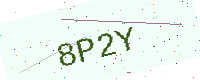
Text: 8P2Y